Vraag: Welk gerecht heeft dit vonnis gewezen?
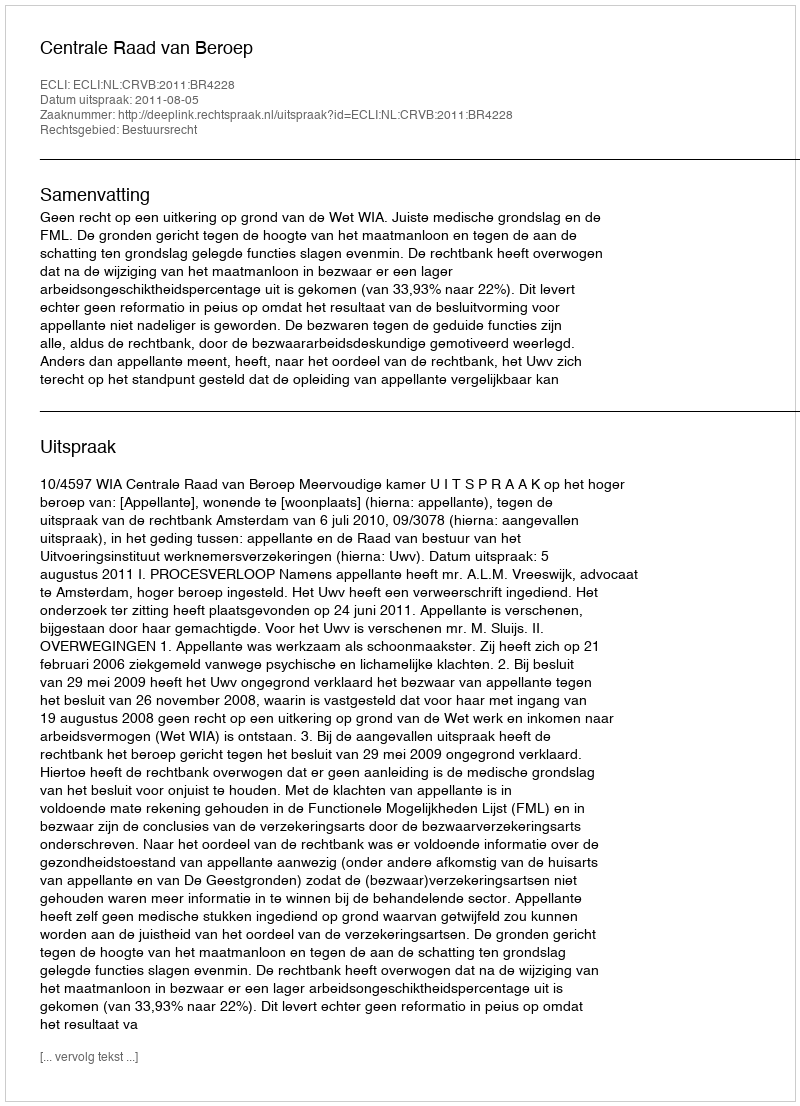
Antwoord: Centrale Raad van Beroep